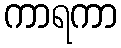
ကာရကာ